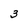
Character: 3